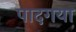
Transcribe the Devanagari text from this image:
पादगया